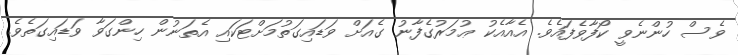
ވެސް ހުންނެވީ ކޯފާވެފައެވެ. އެއާއެކު ޢުމަރުގެފާނު ގެއަށް ވަޑައިގަތުމަށްޓަކައި އެތަނުން ހިންގަވާ ވަޑައިގަތެވެ.